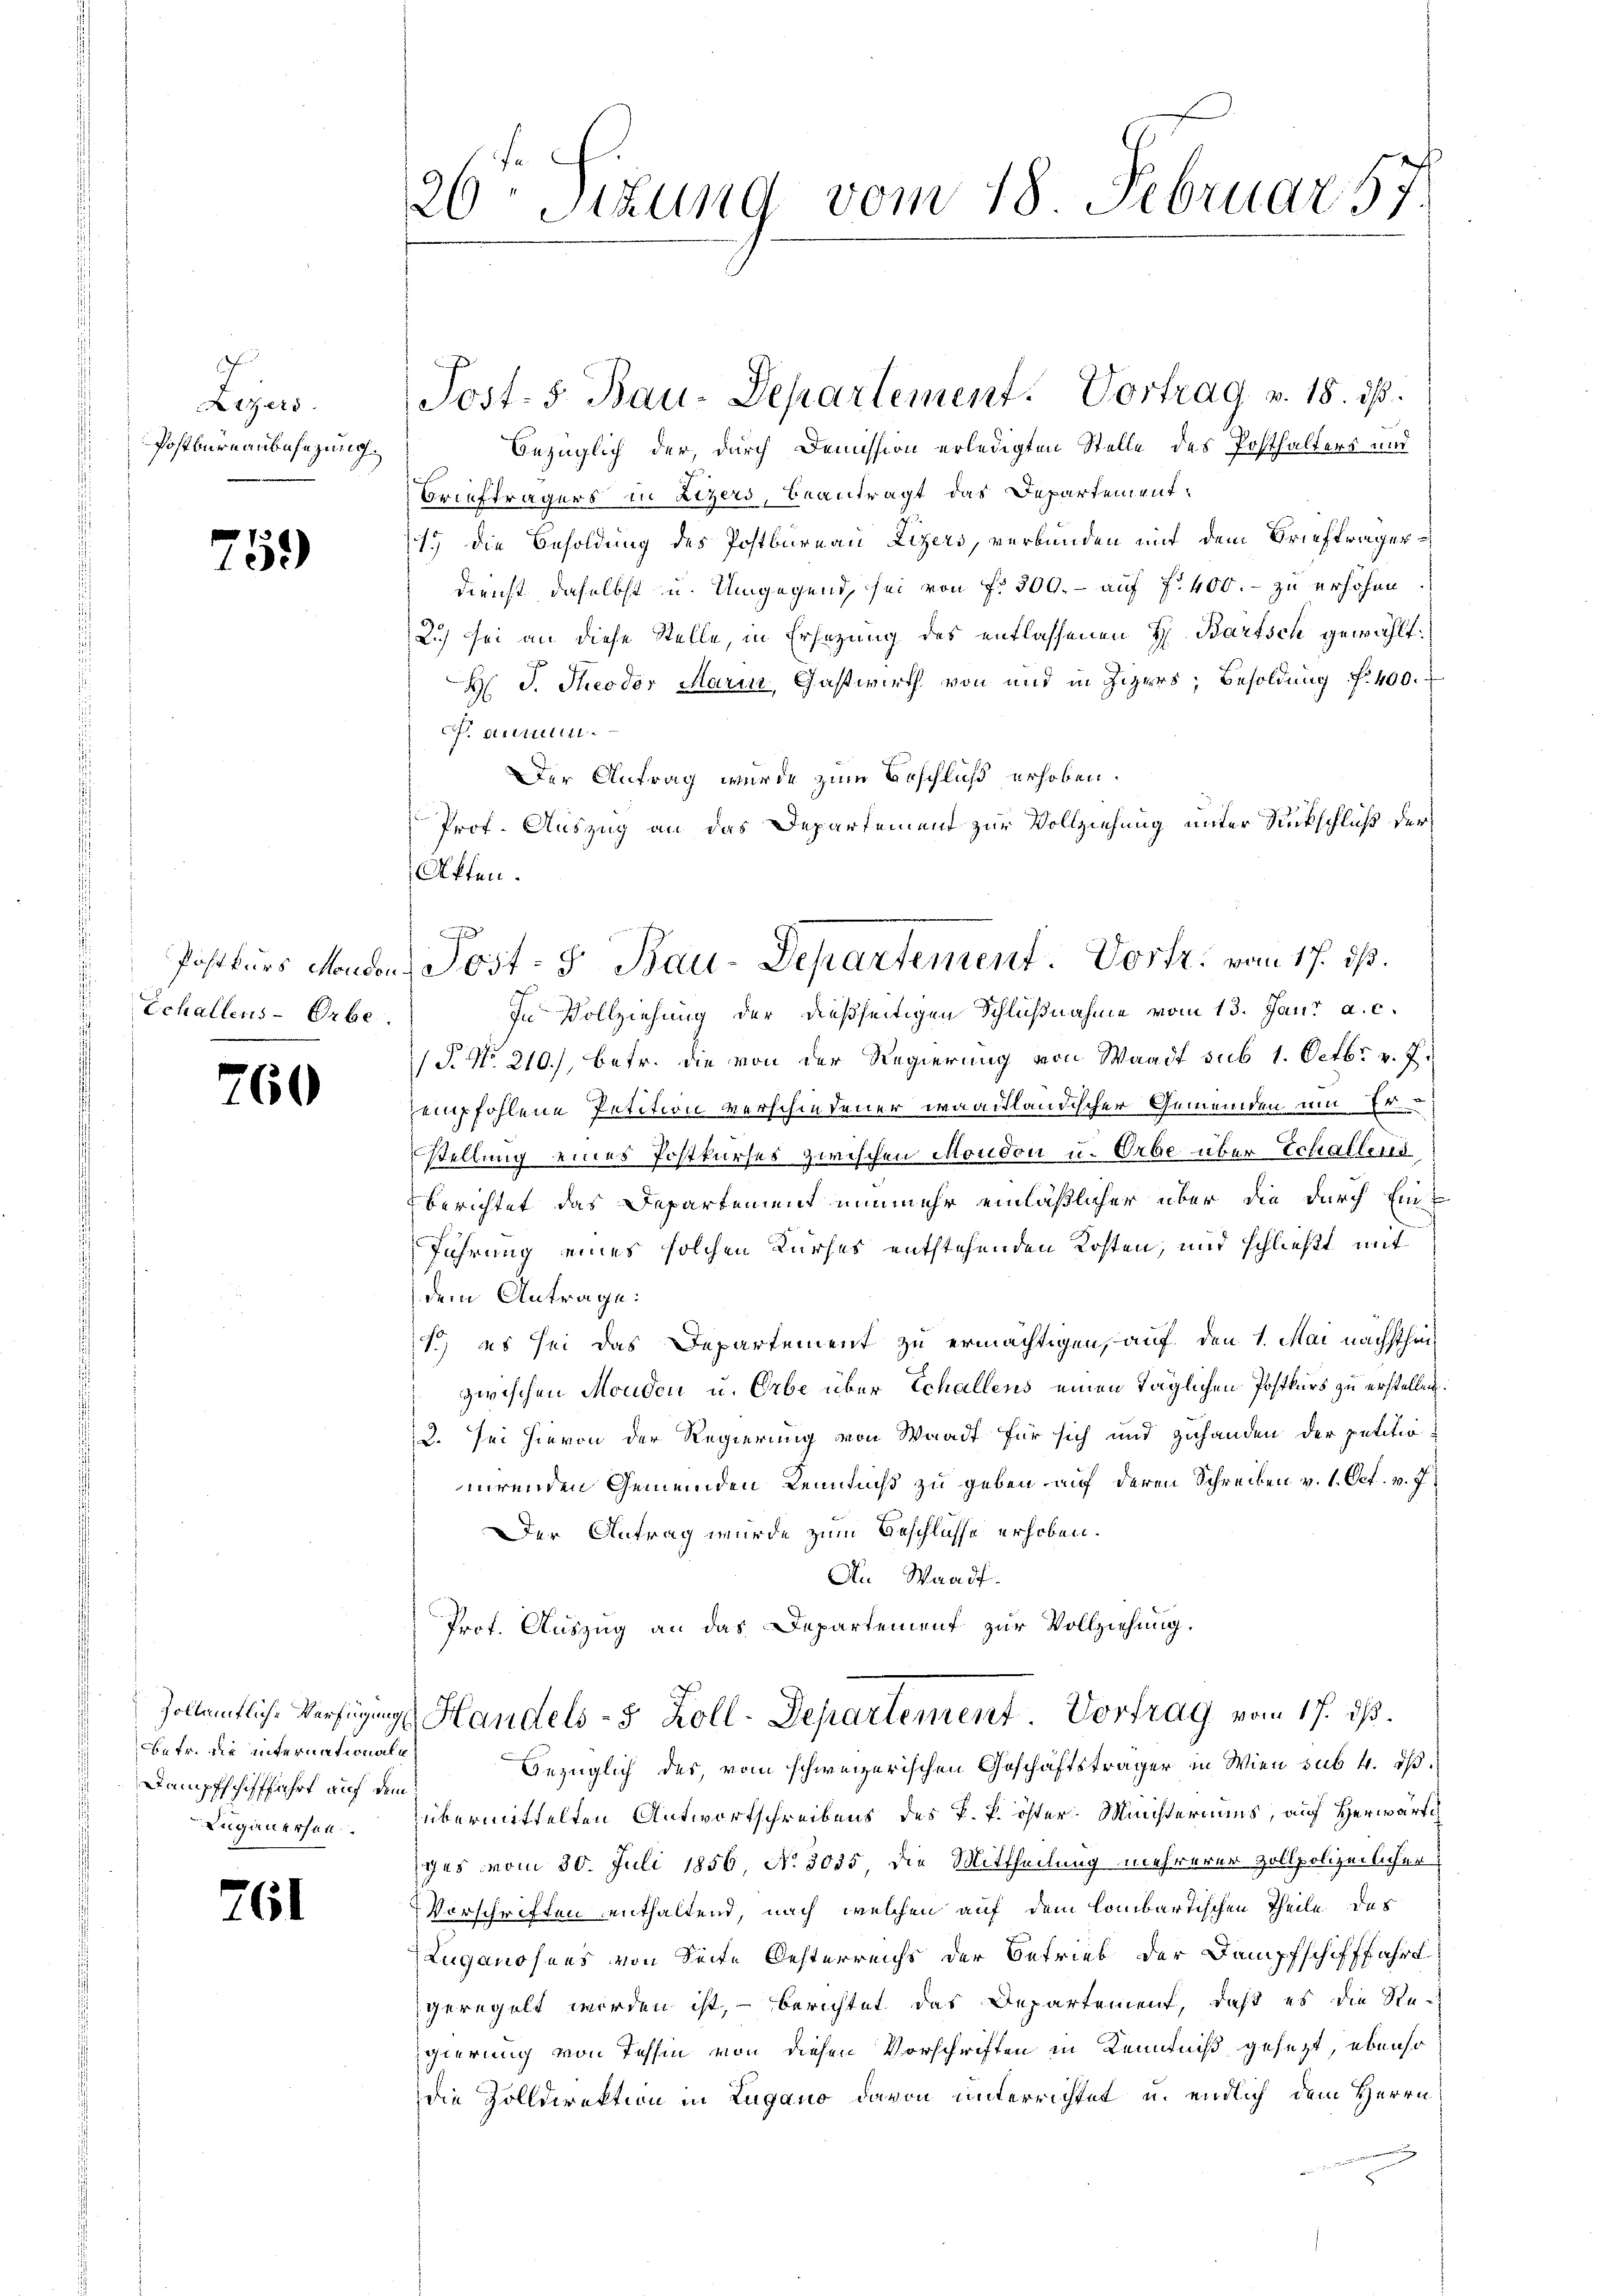
n
Atzers
Postbureaubesezung.

759

Echallens-Orbe.

760

betr. die internationale
Dampfschifffahrt auf dem

761

20. Situng vom 18. Februar 17

bezüglich der, durch Demission erledigten Stelle des Posthalters und
Briefträgers in ätzers, beantragt das Departement¬
19 die Besoldung des Postbureau Lizers, verbunden mit dem Briefträgerdienst, daselbst u. Umgegend, sei von f. 300.- auf 400. - zu erhöhen
2) sei an diese Stelle, in Ersezung des entlassenen H. Bartsch gewählt:
H. J. Theodor Marin, Gastwirth von und in Zigers; Besoldung f. 400.
F. antilen.
Der Antrag wurde zum Beschluß erhoben.
Prof. Auszug an das Departement zur Vollziehung unter Rückschluß der
Akten.
In Vollziehung der dießseitigen Schlußnahme vom 13. Jani a. c.
/F. No. 210), betr. die von der Regierung von Waadt sub 1. Octbr. v. 7.
empfohlene Petition verschiedener waadtländischer Gemeinden um 10.
stellung eines Postkurses zwischen Moudon u. Erbe über Echallerd
berichtet das Departement nunmehr einläßlicher über die durch Eint
Führung eines solchen Kurhes entstehenden Kosten, und schließt mit
dem Antrage:
1) es sei das Departement zu ermächtigen, auf den 1. Mai nächsthin
zwischen Monden u. Erbe über Echallens einen täglichen Postkurs zu erstellen.
2. Sei hievon der Regierung von Waadt für sich und zuhanden der petitio
nirenden Gemeinden Kenntniß zu geben, auf deren Schreiben v. 1. Oct. v. 7.
Der Antrag wurde zum Beschlusse erhoben.
An Waadt.
Prof. Auszug an das Departement zur Vollziehung.

Post- 5. Bau-Departement. Vortrag v. 18. ds.

0
Postkurs condon, Post- u Bau-Departement. Vortr. vom 17. ds.

Zollantlich-Verfügung Handels- 5 Zoll-Departement. Vortrag vom 17. ds.

bezüglich des vom schweizerischen Geschäftsträger in Wien sub 4. ds.
Luganersee übermittelten Antwortschreibens des P. P. öster Ministeriums, auf Herwärtch
iges vom 30. Juli 1856, No. 3035 die Mittheilung mehrerer Zollpolizeilicher
Vorschriften enthaltend, nach welchen auf dem lombartischen Theile des
Luganosens von Seite Oesterreichs der Betrieb der Dampfschifffahrt
geregelt worden ist, – berichtet das Departement, daß es die Re-
gierung von Tessin von diesen Vorschriften in Kenntniß gesezt, ebenso
die Zolldirektion in Lugano davon unterrichtet u. endlich dem Herrn